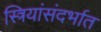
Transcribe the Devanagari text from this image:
स्त्रियांसंदर्भात